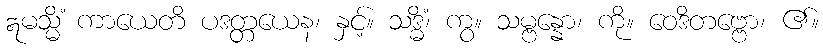
ဣမသ္မိံ ကာယေတိ ပဒတ္တယေန၊ နှင့်။ သဒ္ဓိံ၊ ကွ။ သမ္ဗန္နော၊ ကို။ ဝေဒိတဗ္ဗော၊ ၏။